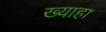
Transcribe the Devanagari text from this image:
ख्याहा